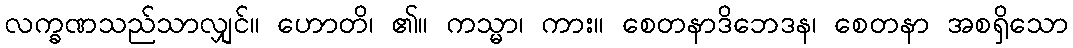
လက္ခဏသည်သာလျှင်။ ဟောတိ၊ ၏။ ကသ္မာ၊ ကား။ စေတနာဒိဘေဒန၊ စေတနာ အစရှိသော